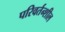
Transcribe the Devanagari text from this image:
परिवर्तन्शील